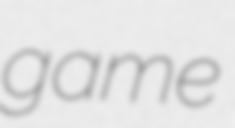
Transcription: game